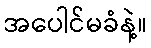
အပေါင်မခံနဲ့။